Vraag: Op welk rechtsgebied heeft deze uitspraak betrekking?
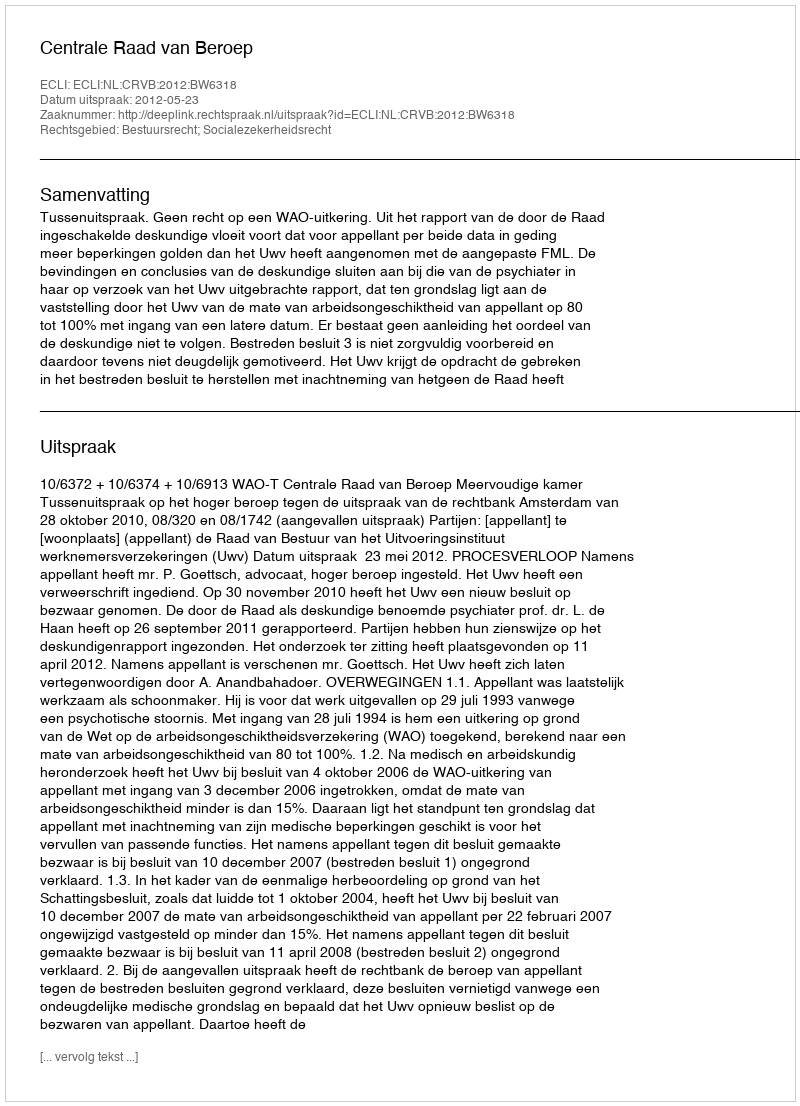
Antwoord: Bestuursrecht; Socialezekerheidsrecht